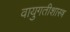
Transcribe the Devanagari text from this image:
वायुगतीशास्त्र